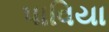
પાવિયા